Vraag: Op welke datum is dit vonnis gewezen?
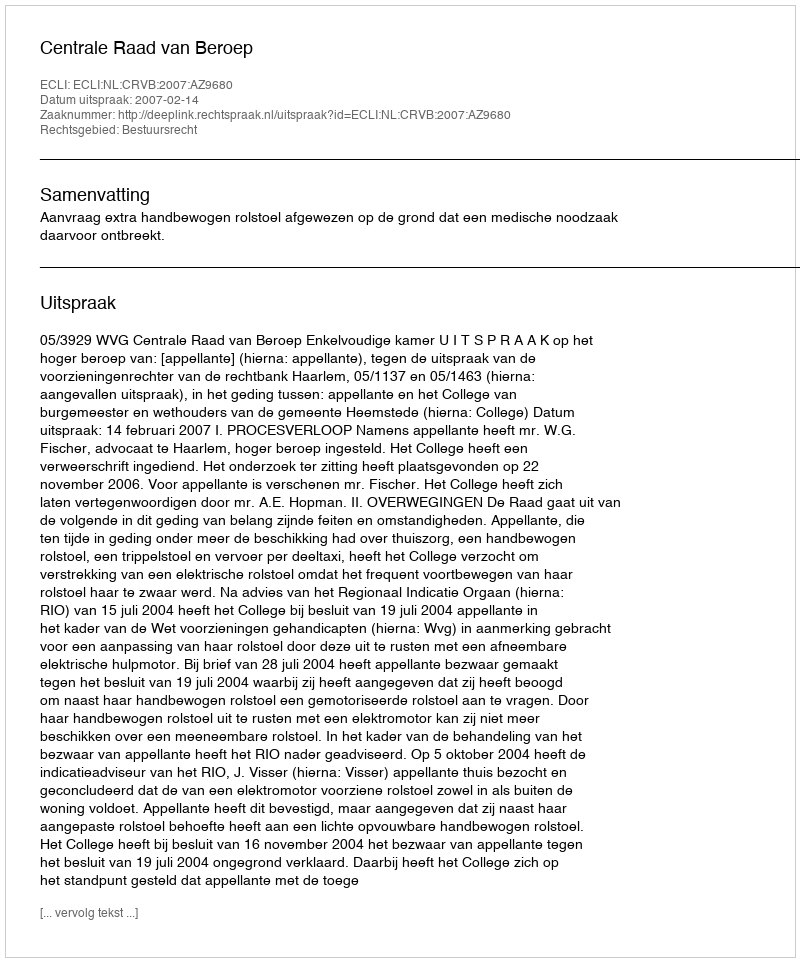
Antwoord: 2007-02-14